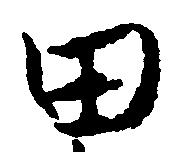
田